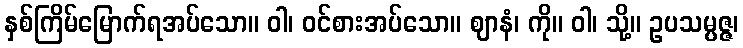
နှစ်ကြိမ်မြောက်ရအပ်သော။ ဝါ၊ ဝင်စားအပ်သော။ ဈာနံ၊ ကို။ ဝါ၊ သို့။ ဥပသမ္ပဇ္ဇ၊